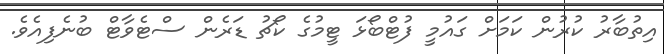
އިތުބާރު ކުރުން ކަމަށް ގައުމީ ފުޓްބޯޅަ ޓީމުގެ ކޯޗު ޑަރެން ސްޓެވާޓް ބުނެފިއެވެ.